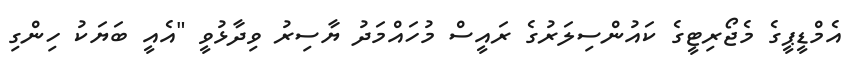
އެމްޑީޕީގެ މެޖޯރިޓީގެ ކައުންސިލަރުގެ ރައީސް މުހައްމަދު ޔާސިރު ވިދާޅުވީ "އެއީ ބަޔަކު ހިންގި